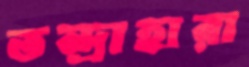
তন্দ্রাহারা